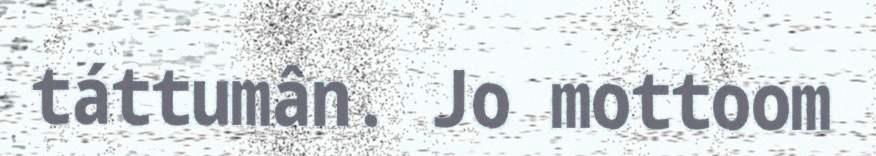
táttumân. Jo mottoom